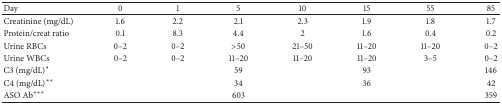
<table><thead><tr><td><b>Day</b></td><td><b>0</b></td><td><b>1</b></td><td><b>5</b></td><td><b>10</b></td><td><b>15</b></td><td><b>55</b></td><td><b>85</b></td></tr></thead><tbody><tr><td>Creatinine (mg/dL)</td><td>1.6</td><td>2.2</td><td>2.1</td><td>2.3</td><td>1.9</td><td>1.8</td><td>1.7</td></tr><tr><td>Protein/creat ratio</td><td>0.1</td><td>8.3</td><td>4.4</td><td>2</td><td>1.6</td><td>0.4</td><td>0.2</td></tr><tr><td>Urine RBCs</td><td>0–2</td><td>0–2</td><td>&gt;50</td><td>21–50</td><td>11–20</td><td>11–20</td><td>0–2</td></tr><tr><td>Urine WBCs</td><td>0–2</td><td>0–2</td><td>11–20</td><td>11–20</td><td>11–20</td><td>3–5</td><td>0–2</td></tr><tr><td>C3 (mg/dL)<sup><i>∗</i></sup></td><td>[EMPTY_CELL]</td><td>[EMPTY_CELL]</td><td>59</td><td>[EMPTY_CELL]</td><td>93</td><td>[EMPTY_CELL]</td><td>146</td></tr><tr><td>C4 (mg/dL)<sup><i>∗∗</i></sup></td><td>[EMPTY_CELL]</td><td>[EMPTY_CELL]</td><td>34</td><td>[EMPTY_CELL]</td><td>36</td><td>[EMPTY_CELL]</td><td>42</td></tr><tr><td>ASO Ab<sup><i>∗∗∗</i></sup></td><td>[EMPTY_CELL]</td><td>[EMPTY_CELL]</td><td>603</td><td>[EMPTY_CELL]</td><td>[EMPTY_CELL]</td><td>[EMPTY_CELL]</td><td>359</td></tr></tbody></table>